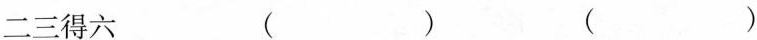
二三得六（）（）